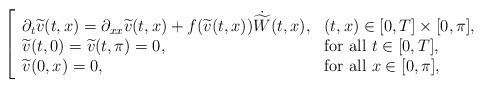
LaTeX: \begin{align*} \left[\begin{array}{ll}\partial_t \widetilde{v}(t,x) = \partial_{xx} \widetilde{v}(t,x) + f(\widetilde{v}(t,x)) \dot{\widetilde{W}}(t,x), &(t,x) \in [0, T] \times [0, \pi], \\\widetilde{v}(t,0) = \widetilde{v}(t, \pi) = 0, & \textrm{for all} \,\, t \in [0,T], \\\widetilde{v}(0,x) = 0, & \textrm{for all} \,\, x \in [0, \pi],\end{array}\right.\end{align*}